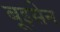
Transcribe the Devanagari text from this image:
बूइसेन